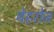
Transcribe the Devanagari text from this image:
बेहरोज